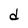
Character: d